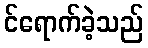
င်ရောက်ခဲ့သည်